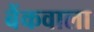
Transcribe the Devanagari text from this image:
बैंकवाला